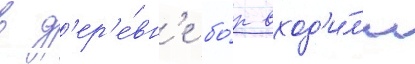
в д'ер'е́вн'е бо́р вход'и́л'и